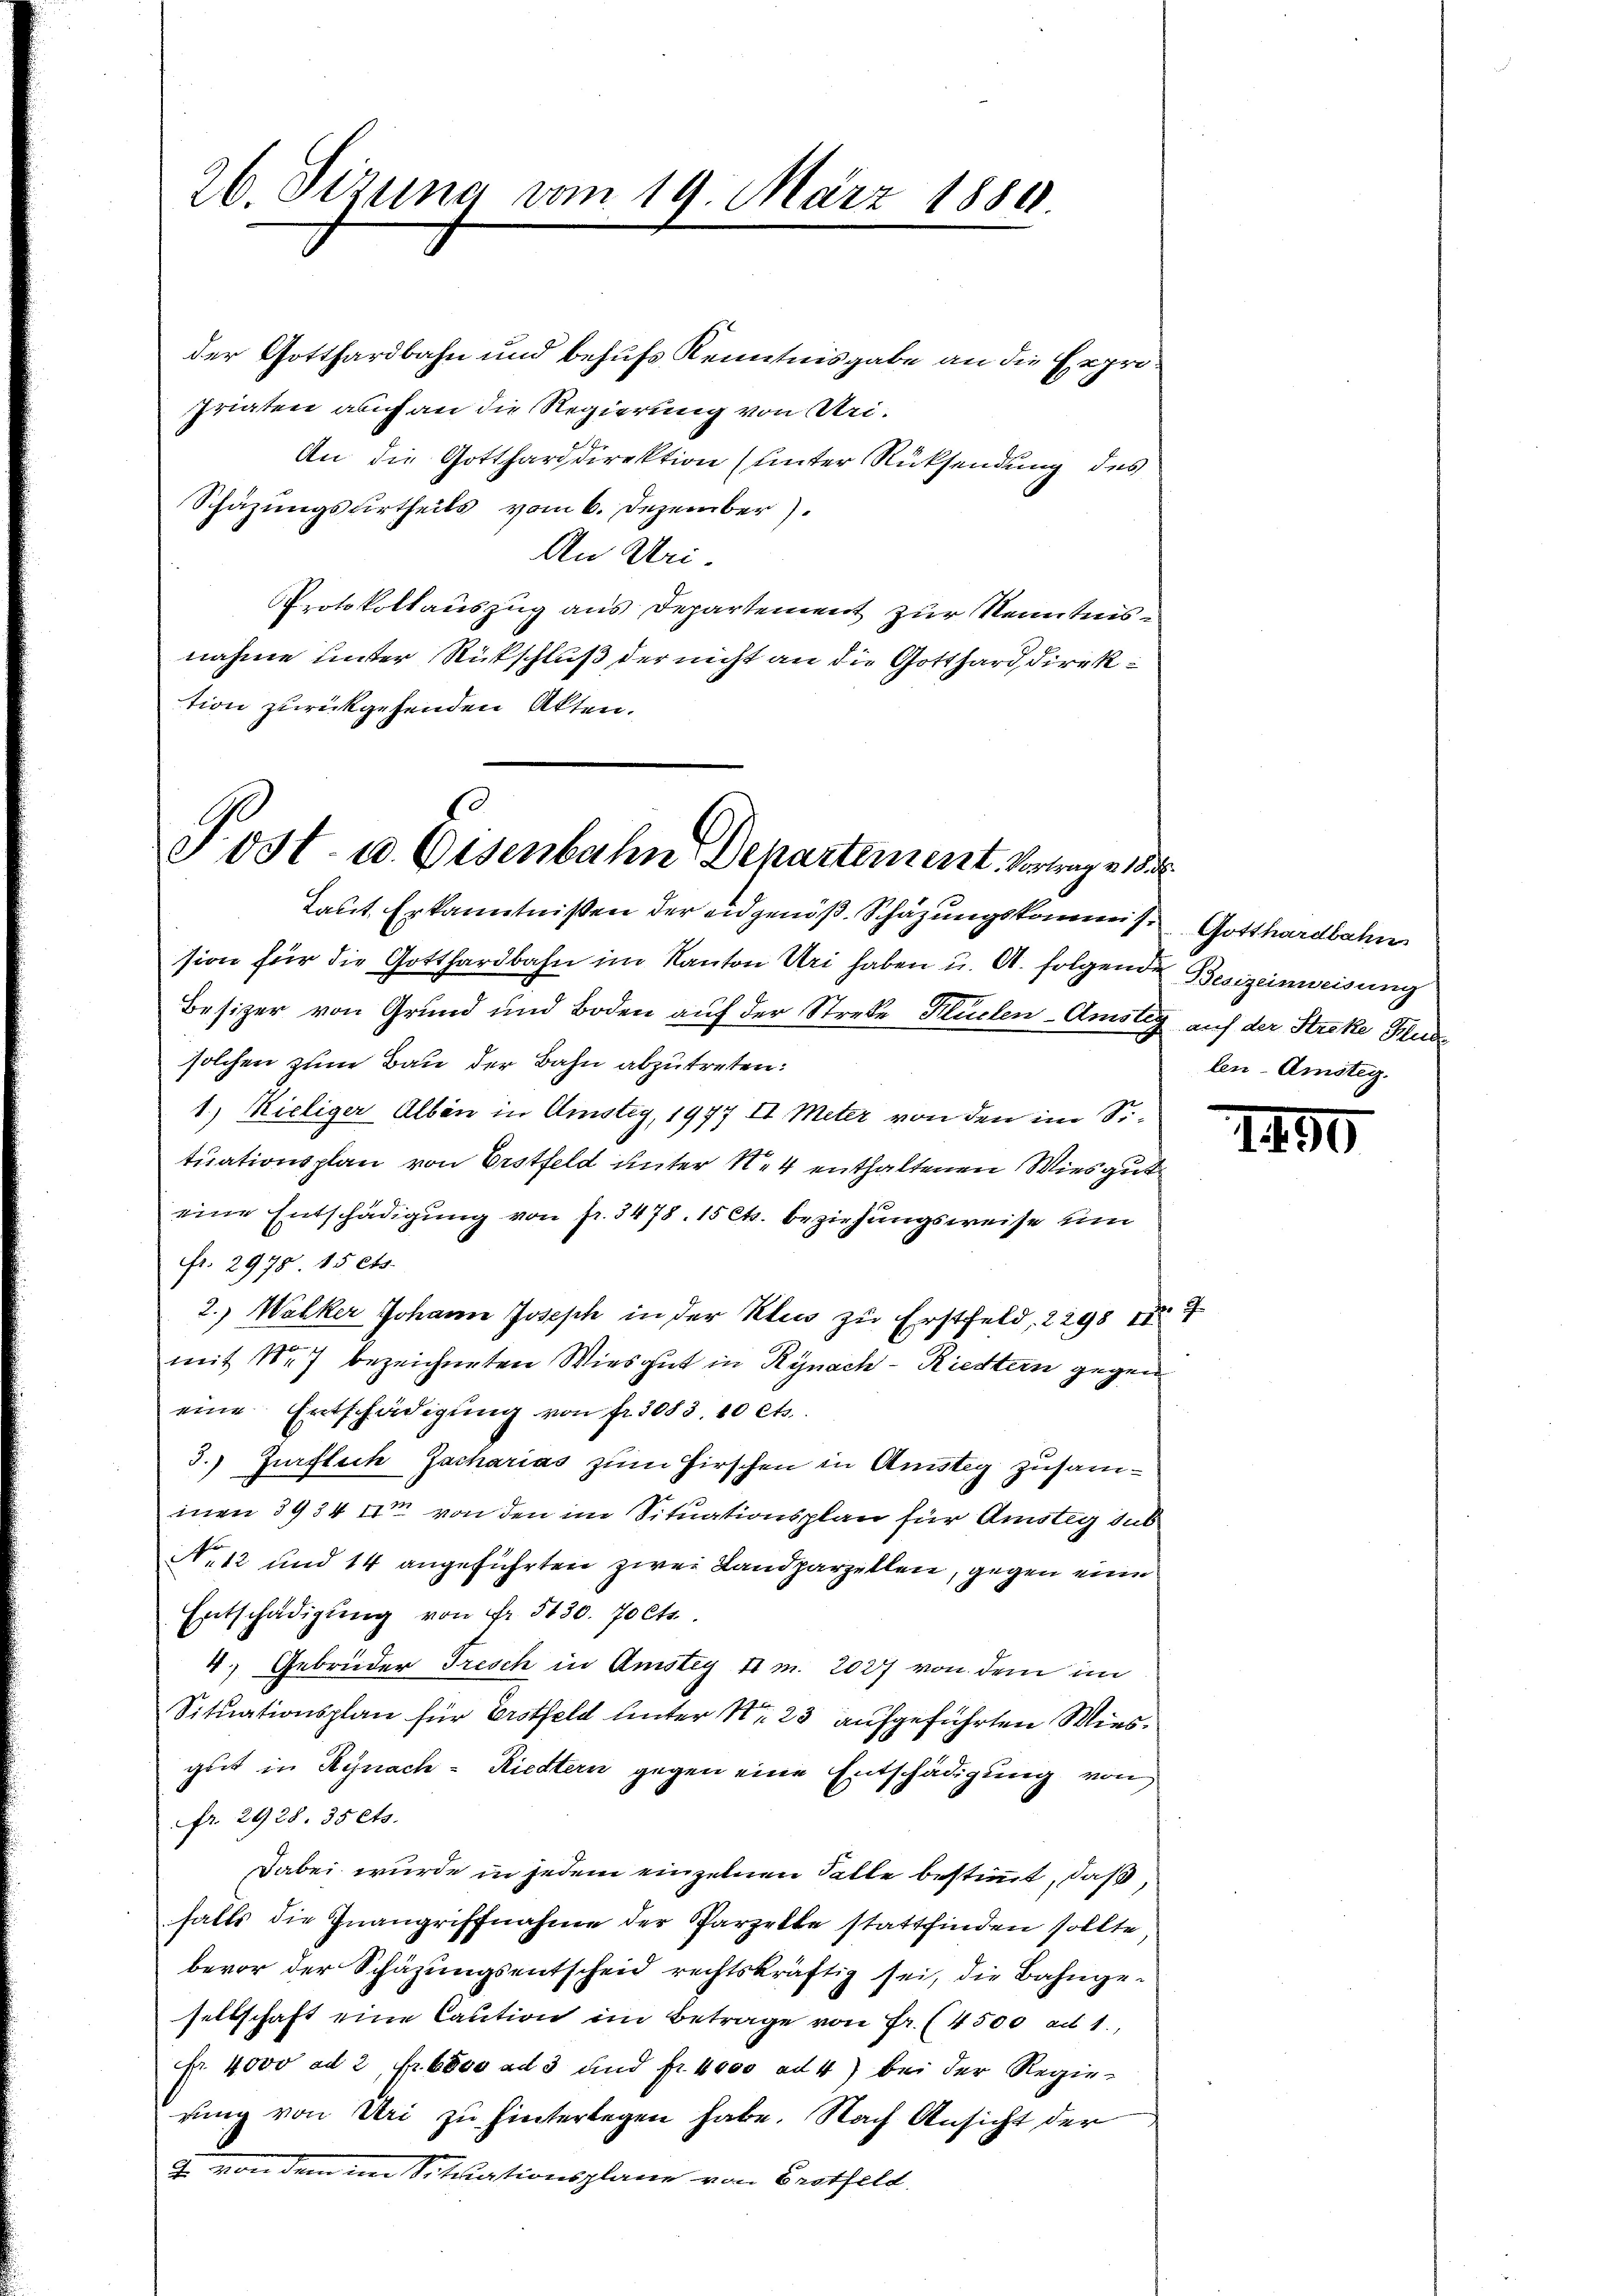
26. Sizung vom 19. März 1884.

Post- u. Eisenbahn Departement. Vortrag 18

der Gotthardbahn und behufs Kenntnisgabe an die Expropriaten auch an die Regierung von Uri¬
An die Gottharddirektion (unter Rücksendung des
Schäzungsurtheils vom 6. Dezember)
An Uri.
Protokollauszug aus Departement zur Kenntnisnahme hinter Rückschluß der nicht an die Gotthard, direktion zurückgehenden Akten.

Laut Erkanntnißen der eidgenöß. Schazungskommis. Gotthardbahn
sion für die Gotthardbahn im Kanton Uri haben u. A. folgende Besizeinweisung
Besizer von Grund und Boden auf der Streke Küchen-Amstag auf der Streke Stude
solchen zum Bau der Bahn abzutreten:
1.) Kieliger Alban in Amsteg, 1977 II. Meter von den im Situationsplan von Erstfeld unter 14 enthaltenen Wiesgut
eine Entschädigung von fr. 3478. 15 Cts. beziehungsweise um
fr. 2978. 15 Cts.
2.) Walker Johann Joseph in der Klin zu Erstfeld, 2298 n 4
mit Nr 7 bezeichneten Wiesgut in Rynach - Riestern gegen
eine Entschädigung von fr. 3083. 10 Cts.
3.) Zürflich Jacharias zum Hirschen in Anstig zusaminen 3934 Xr von den im Situationsplan für Amsteg sub
Nr 12 und 14 angeführten zwei Landparzellen, gegen eine
Entschädigŭng von Fr. 5130. 70 Cts.
4.) Gebrüder Tresch in Amstey 41 m. 2027 von dem im
Situationsplan für Erstfeld unter Nr. 23 aufgeführten Wiesguet in Rynach - Riedtern gegen eine Entschädigung von
fr. 2928. 35 Cts.
Dabei wurde in jedem einzelnen Falle bestimmt, daß
halts die Inangriffnahme der Parzelte stattfinden sollte
bevor der Schazungsentscheid rechtskräftig sei, die Bahngesellschaft eine Caution im Betrage von Fr. (4500 ad 1.,
Fr. 4000 ad 2 Fr. 6000 ad 3 und fr. 4000 ad 4) bei der Regierung von Uri zu hinterlegen habe. Nach Ansicht der
g von dem im Situationsplane von Grotfeld.

len-Amsteg.

1490